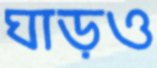
ঘাড়ও